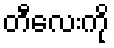
တီလေးကို